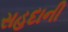
સહદાની